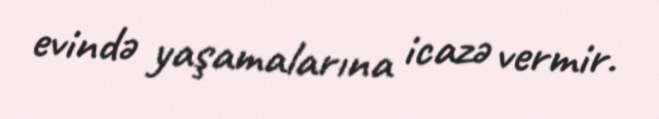
evində yaşamalarına icazə vermir.